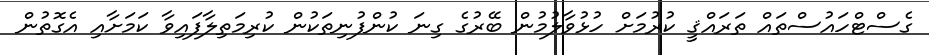
ގެސްޓްހައުސްތައް ތަރައްޤީ ކުރުމަށް ހުޅުވާލުމުން ބޭރުގެ ގިނަ ކުންފުނިތަކުން ކުރިމަތިލާފައިވާ ކަމަށާއި އެގޮތުން